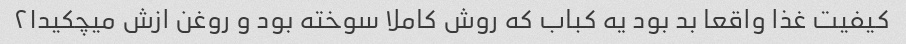
کیفیت غذا واقعا بد بود یه کباب که روش کاملا سوخته بود و روغن ازش میچکید۲۱